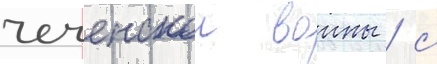
чеченскои воины / с